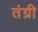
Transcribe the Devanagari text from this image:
तंग्री